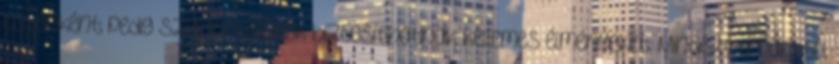
esténként pedig szalonnasütők biztosíthatnak kellemes élményeket. Mindezt a parttól